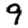
Digit: 9